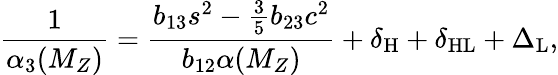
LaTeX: \frac{1}{\alpha_{3}(M_{Z})}=\frac{b_{13}s^{2}-\frac{3}{5}b_{23}c^{2}}{b_{12}\alpha(M_{Z})}+\delta_{\mathrm{H}}+\delta_{\mathrm{HL}}+\Delta_{\mathrm{L}},